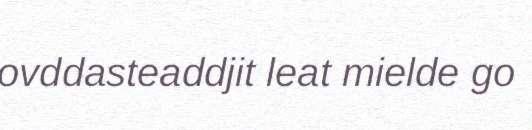
ovddasteaddjit leat mielde go